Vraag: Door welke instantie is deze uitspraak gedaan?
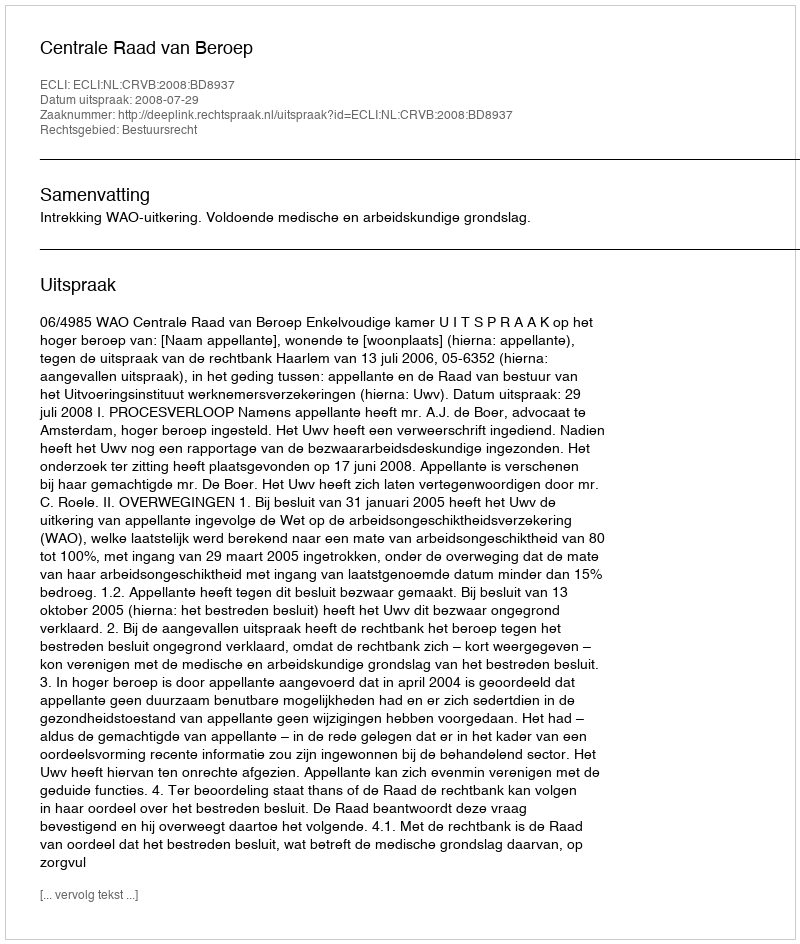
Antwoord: Centrale Raad van Beroep